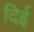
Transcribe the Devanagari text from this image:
दिई